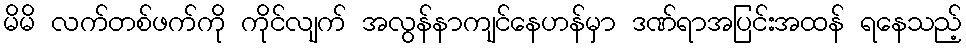
မိမိ လက်တစ်ဖက်ကို ကိုင်လျက် အလွန်နာကျင်နေဟန်မှာ ဒဏ်ရာအပြင်းအထန် ရနေသည့်